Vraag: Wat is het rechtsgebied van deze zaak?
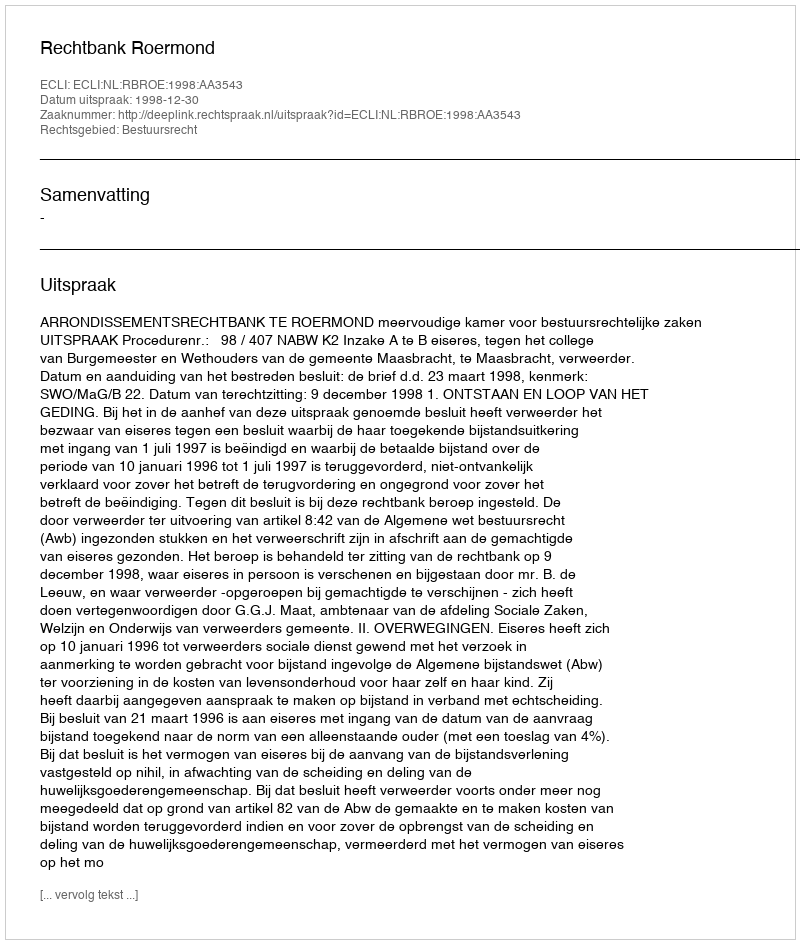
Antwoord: Bestuursrecht